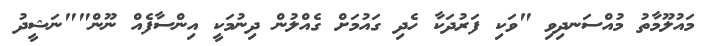
މައުލޫމާތު މުއްސަނދިވި "ވަކި ފަރުދަކާ ހެދި ގައުމަށް ގެއްލުން ދިނުމަކީ އިންސާފެއް ނޫން""ނަޝީދު